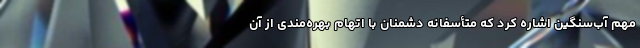
مهم آب‌سنگین اشاره کرد که متأسفانه دشمنان با اتهام بهره‌مندی از آن